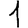
Digit: 1